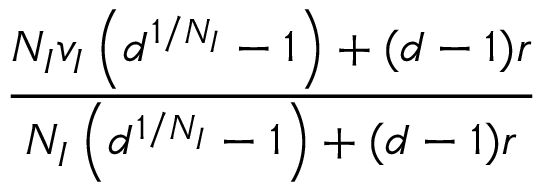
\frac { N _ { I } v _ { I } \left( d ^ { 1 / N _ { I } } - 1 \right) + ( d - 1 ) r } { N _ { I } \left( d ^ { 1 / N _ { I } } - 1 \right) + ( d - 1 ) r }